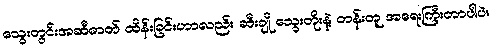
သွေးတွင်းအဆီဓာတ် ထိန်းခြင်းဟာလည်း ဆီးချို သွေးတိုးနဲ့ တန်းတူ အရေးကြီးတာပါပဲ။